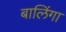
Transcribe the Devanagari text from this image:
बालिंगा